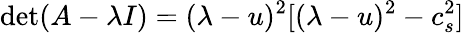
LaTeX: \operatorname*{det}(A-\lambda I)=(\lambda-u)^{2}[(\lambda-u)^{2}-c_{s}^{2}]